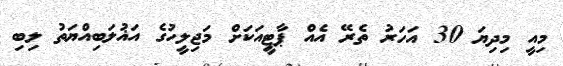
މިއީ މިދިޔަ 30 އަހަރު ތެރޭ އެއް ޕާޓީއަކަށް މަޖިލީހުގެ އަޣުލަބިއްޔަތު ލިބި